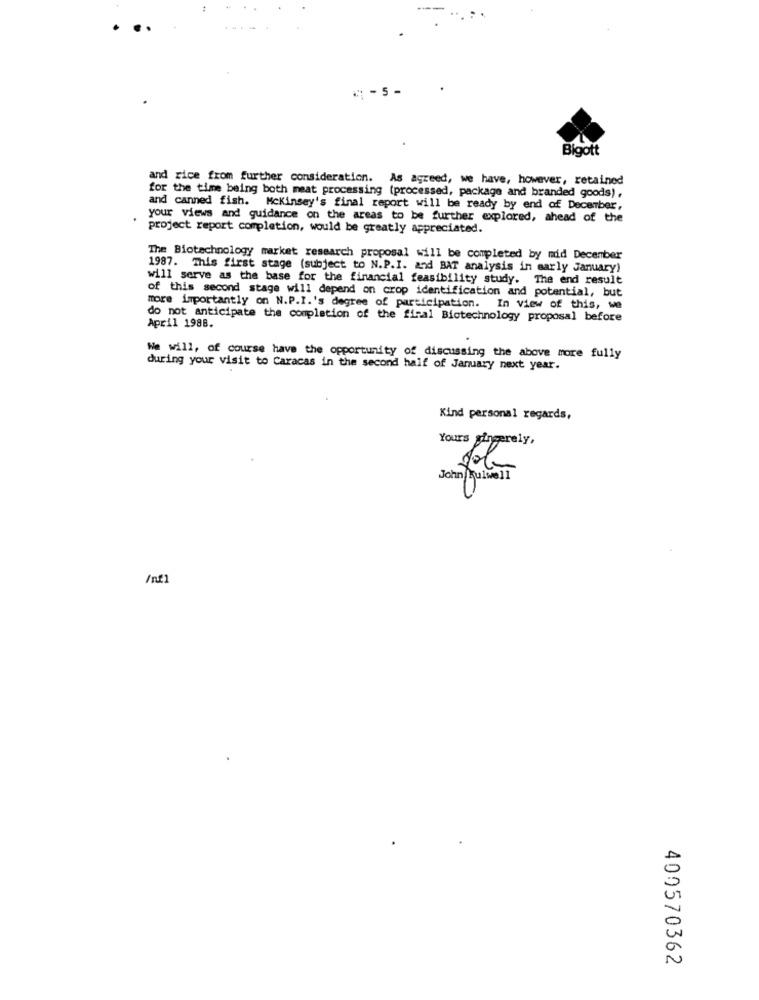
₩-5-
Bigott
and rice from further consideration. As agreed, we have, however, retained
for the time being both meat processing (processed, package and branded goods),
and canned fish. Mckinsey's final report will be ready by end of December,
your views and guidance on the areas to be further explored, ahead of the
project report: completion, would be greatly appreciated.
The Biotechnology market research proposal will be completed by mid December
1987. This first stage (subject to N.P.I. and BAT analysis in early January)
will serve as the base for the financial feasibility study. The end result
of this second stage will depend on crop identification and potential, but
more importantly on N.P.I.'s degree of participation. In view of this, we
do not anticipate the completion of the final Biotechnology proposal before
April 1988.
We will, of course have the opportunity of discussing the above more fully
during your visit to Caracas in the second half of January next year.
Kind personal regards,
Yours gingerely,
John Sulwell
/nf
400570362